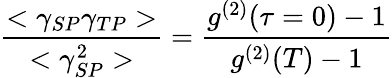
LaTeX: \frac{<\gamma_{SP}\gamma_{TP}>}{<\gamma_{SP}^{2}>}=\frac{g^{(2)}(\tau=0)-1}{g^{(2)}(T)-1}